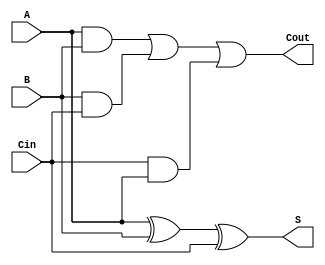
//A carry select adder is an arithmetic combinational logic circuit which adds two N-bit binary numbers and outputs their N-bit binary sum and a 1-bit carry. 
//This is no different from a ripple carry adder in function, but in design the carry select adder does not propagate the carry 
//through as many full adders as the ripple carry adder does.
//This means that the time to add two numbers should be shorter. 
module full_adder( A, B, Cin, S, Cout);
 input wire A, B, Cin;
 output reg S, Cout;
 always @(A or B or Cin)
  begin
   S = A ^ B ^ Cin;
   Cout = A&B | B&Cin | Cin&A ;
  end
endmodule
module mux(A,B,S,Y);
input A,B,S;
output reg Y;
always@(A,B,S)
begin
Y=~S&A| S&B;
end
endmodule
module carry_select (x,y,carry,s,cout);
input [3:0]x,y;
input carry;
output [3:0]s;
output cout;
wire w1,w2,w3,w4,w5,w6,w7,w8,w9,w10,w11,w12,w13,w14,w15,w16;
full_adder fao (x[0],y[0],1'b0,w1,w2);
full_adder fa1 (x[1],y[1],w2,w3,w4);
full_adder fa2 (x[2],y[2],w4,w5,w6);
full_adder fa3 (x[3],y[3],w6,w7,w8);
full_adder fa4 (x[0],y[0],1'b1,w9,w10);
full_adder fa5 (x[1],y[1],w10,w11,w12);
full_adder fa6 (x[2],y[2],w12,w13,w14);
full_adder fa7 (x[3],y[3],w14,w15,w16);
mux mu0(w1,w9,carry,s[0]);
mux mu1(w3,w11,carry,s[1]);
mux mu2(w5,w13,carry,s[2]);
mux mu3(w7,w15,carry,s[3]);
mux mu4(w8,w16,carry,cout);
endmodule